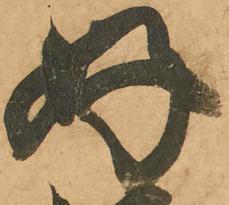
好